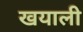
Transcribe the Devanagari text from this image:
खयाली